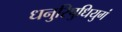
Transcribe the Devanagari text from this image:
धनुरिषुधियुगं